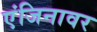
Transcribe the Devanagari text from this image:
एंजिनावर